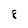
Character: 8